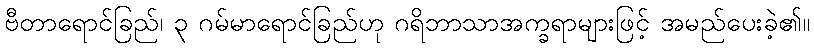
ဗီတာရောင်ခြည်၊ ၃ ဂမ်မာရောင်ခြည်ဟု ဂရိဘာသာအက္ခရာများဖြင့် အမည်ပေးခဲ့၏။